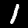
Label: 1